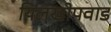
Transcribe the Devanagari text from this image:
यिलखोपवाड